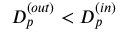
D _ { p } ^ { ( o u t ) } < D _ { p } ^ { ( i n ) }